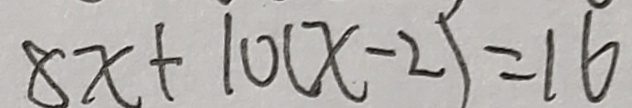
8 x + 1 0 ( x - 2 ) = 1 6